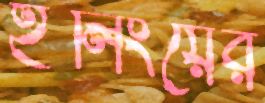
ইলিংয়ের